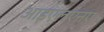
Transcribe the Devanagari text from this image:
आइएलएनए